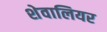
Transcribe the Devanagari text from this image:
शेवालियर